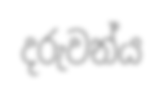
දරුවන්ය